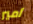
امير